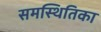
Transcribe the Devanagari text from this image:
समस्थितिका